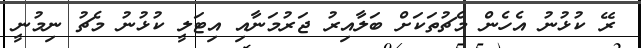
ރޭ ކުޅުނު އެހެން މެޗުތަކަށް ބަލާއިރު ޖަރުމަނާއި އިޓަލީ ކުޅުނު މެޗު ނިމުނީ